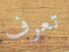
تعرف